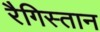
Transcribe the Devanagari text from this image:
रैगिस्तान